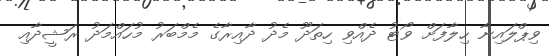
ވިޕްލައިނާ ހިލާފަށް ވޯޓު ދެއްވި ހިތަދޫ މެދު ދާއިރާގެ މެމްބަރު މުހައްމަދު ރަޝީދާއި